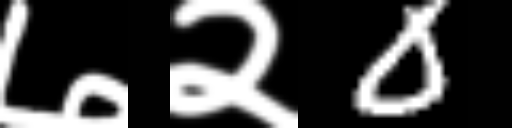
Text: ७२0